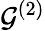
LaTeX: \mathcal{G}^{(2)}